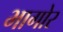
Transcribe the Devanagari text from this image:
भागोर